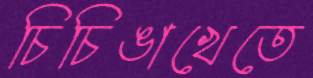
চিচিঙাখেতে